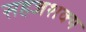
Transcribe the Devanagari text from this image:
सहजशक्‍य